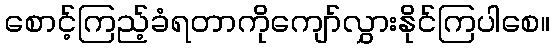
စောင့်ကြည့်ခံရတာကိုကျော်လွှားနိုင်ကြပါစေ။